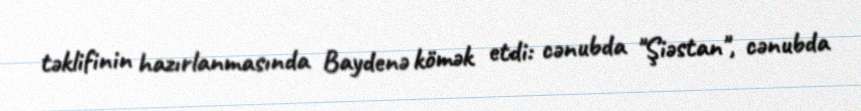
təklifinin hazırlanmasında Baydenə kömək etdi: cənubda "Şiəstan", cənubda